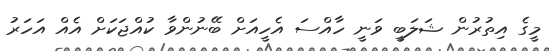
މީގެ އިތުރުން ޝަލަބީ ވަނީ ހާއްސަ އެހީއަށް ބޭނުންވާ ކުއްޖަކަށް އެއް އަހަރު